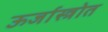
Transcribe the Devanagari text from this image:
ऊर्जास्त्रोत